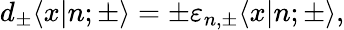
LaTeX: d_{\pm}\langle x|n;{\pm}\rangle=\pm\varepsilon_{n,{\pm}}\langle x|n;{\pm}\rangle,